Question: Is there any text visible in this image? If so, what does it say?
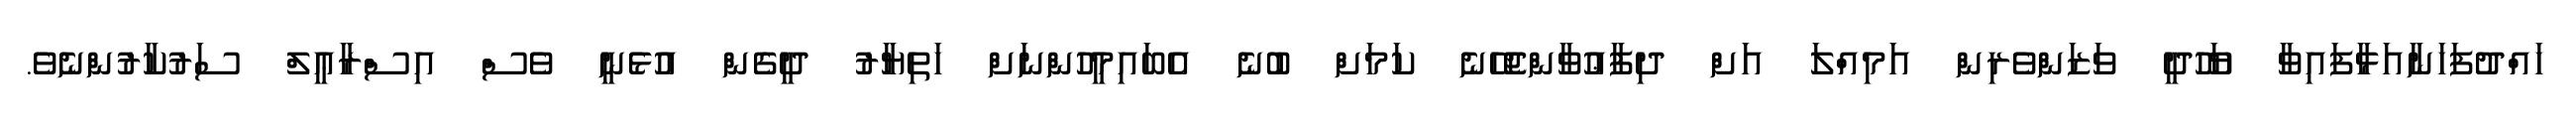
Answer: ހައްދުފަހަނާއަޅާފައިވާ ޔަހޫދީ ވަޒަންވެރިން އަމިއްލަ އަށް ދިފާޢުވާންޖެހޭނެ ކަމަށް ބުނެ އެބައިމީހުންނަށް ހަތިޔާރު ދީގެން އުޅެނީ ވެސް އިސްރާޢީލް ސަރުކާރުންނެވެ.